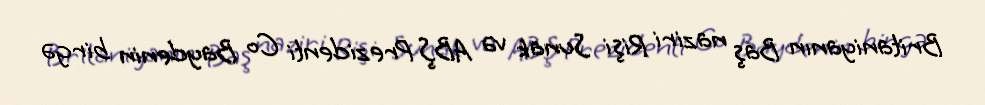
Britaniyanın Baş naziri Rişi Sunak və ABŞ Prezidenti Co Baydenin birgə